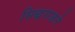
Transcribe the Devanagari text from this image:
सिद्धराजने